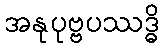
အနုပုဗ္ဗပဿဒ္ဓိ